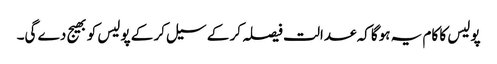
پولیس کا کام یہ ہوگا کہ عدالت فیصلہ کر کے سیل کر کے پولیس کو بھیج دے گی۔